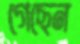
গেছেন